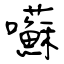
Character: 囌